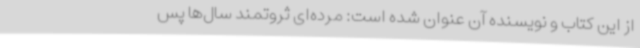
از این کتاب و نویسنده آن عنوان شده است: مرده‌ای ثروتمند سال‌ها پس